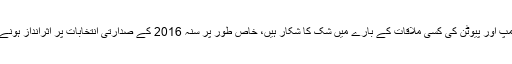
بحر اوقیانوس کے دونوں اطراف کے ناقدین ٹرمپ اور پیوٹن کی کسی ملاقات کے بارے میں شک کا شکار ہیں، خاص طور پر سنہ 2016 کے صدارتی انتخابات پر اثرانداز ہونے کی روس کی کوشش کے بارے میں سوچ کر۔